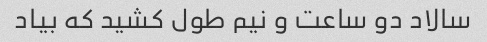
سالاد دو ساعت و نیم طول کشید که بیاد